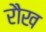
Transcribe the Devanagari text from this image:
रौख